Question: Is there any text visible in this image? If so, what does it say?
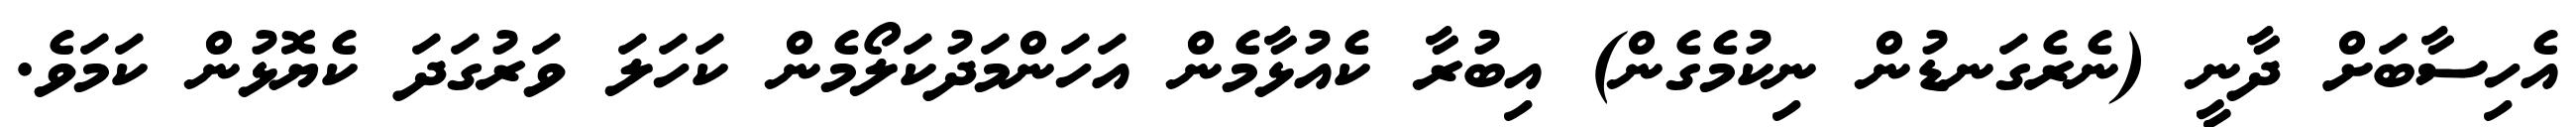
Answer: އެހިސާބަށް ދާނީ (ނެރެގަނޑުން ނިކުމެގެން) އިބުރާ ކެއުޅާމެން އަހަންމަދުކަލޯމެން ކަހަލަ ވަރުގަދަ ކެޔޮޅުން ކަމަވެ.